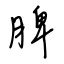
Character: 脾